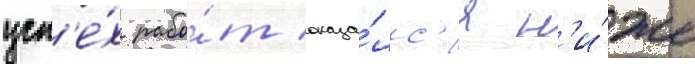
усп'е́х рабо́т оказа́лс'я н'и́же